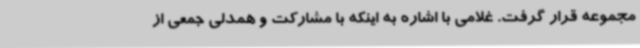
مجموعه قرار گرفت. غلامی با اشاره به اینکه با مشارکت و همدلی جمعی از